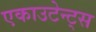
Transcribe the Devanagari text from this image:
एकाउटेन्ट्स